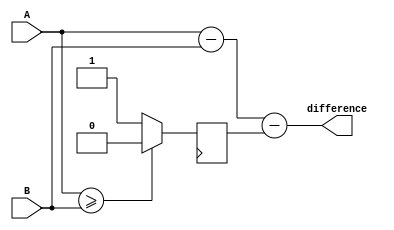
module ripple_carry_subtractor (
    input [7:0] A,
    input [7:0] B,
    output reg [7:0] difference
);

reg borrow = 0;

always @(*) begin
    difference = A - B - borrow;
end

always @(posedge clk) begin
    borrow <= (A >= B) ? 0 : 1;
end

endmodule